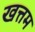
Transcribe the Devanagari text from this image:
खत्तम